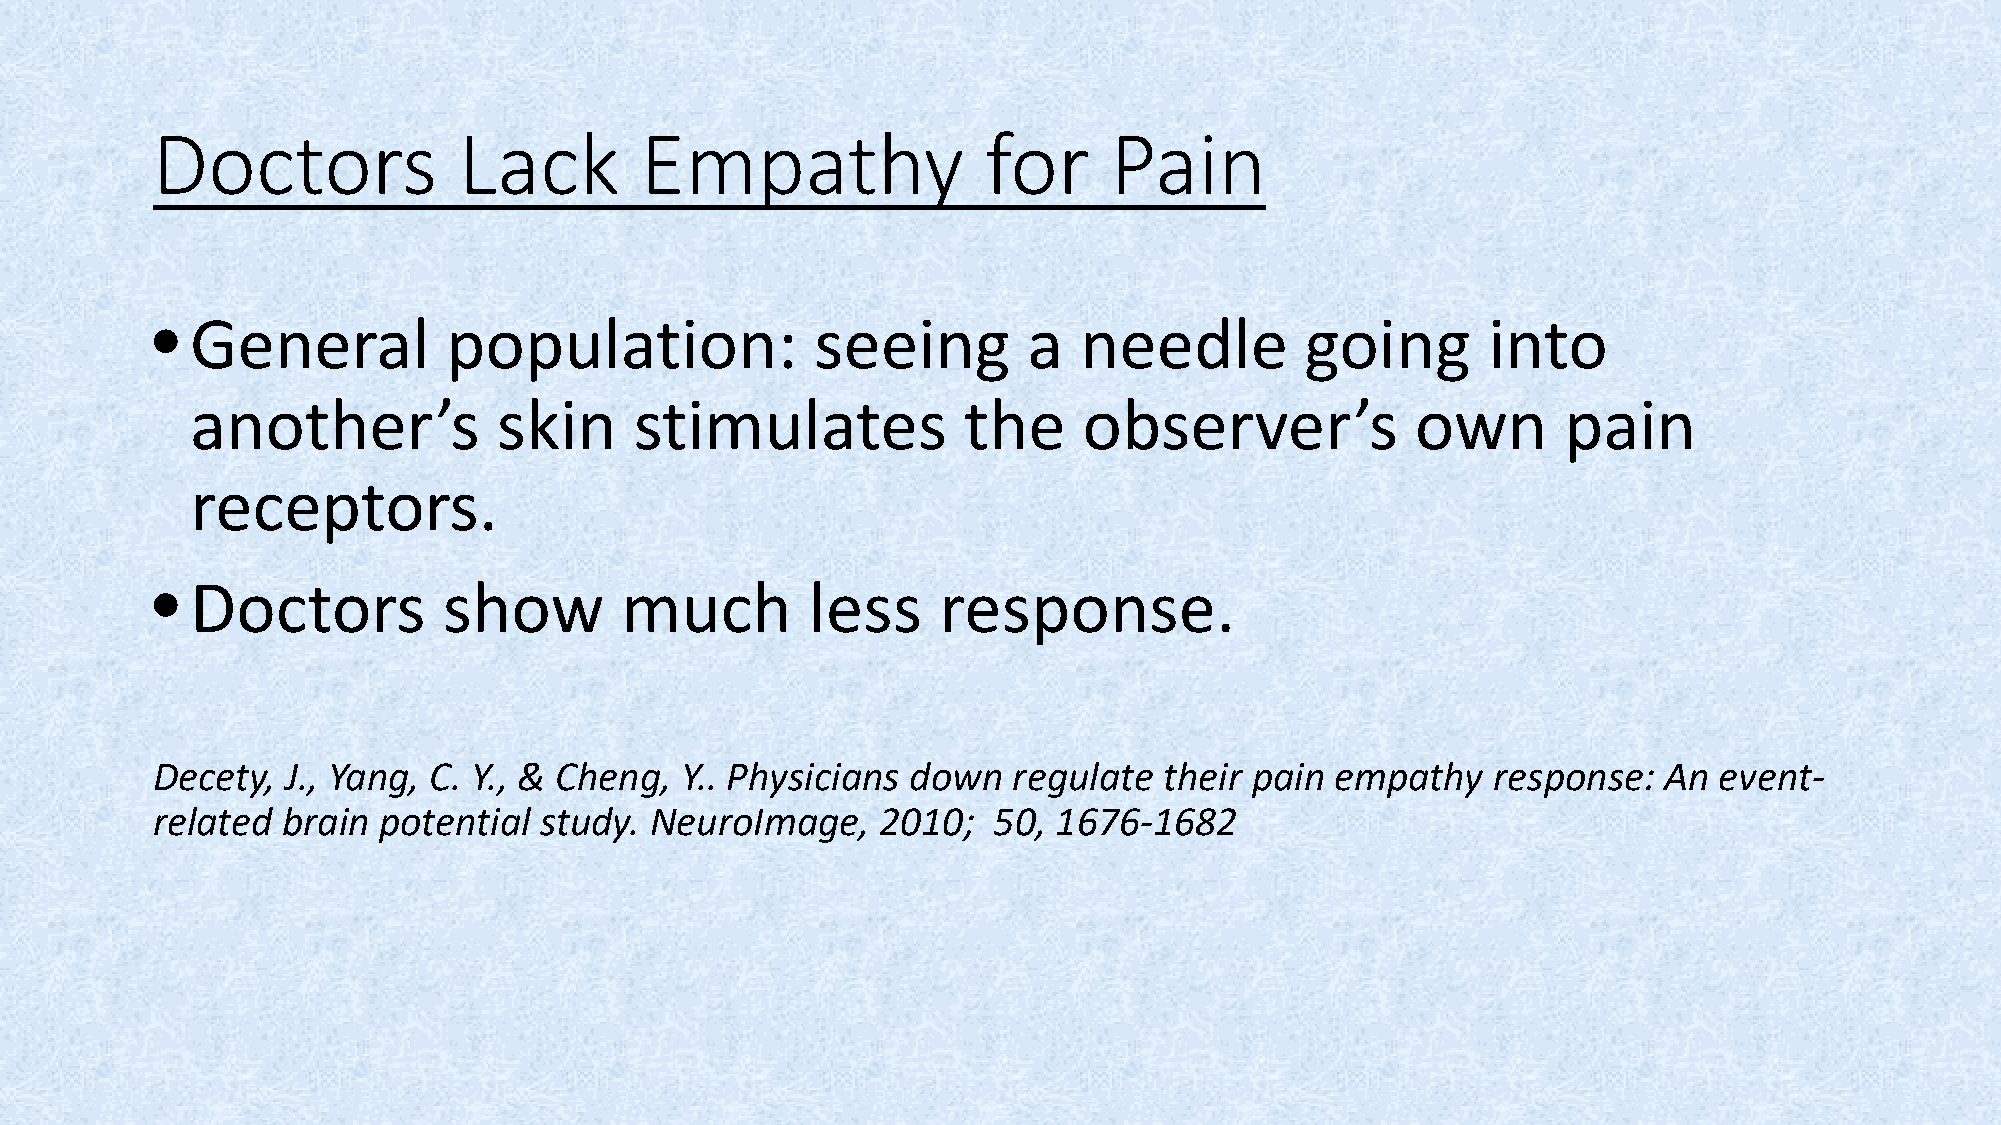
Doctors             Lack        Empathy                for     Pain
 •  General          population:             seeing        a  needle         going       into
 another’s           skin     stimulates            the     observer’s            own      pain
 receptors.
 •  Doctors         show        much         less    response.
 Decety,  J., Yang, C. Y., & Cheng, Y.. Physicians down   regulate  their pain empathy    response:  An  event-
 related  brain potential  study. NeuroImage,    2010;   50, 1676-1682